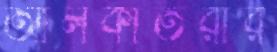
আলকাতরার